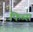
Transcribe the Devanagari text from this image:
फिब्स